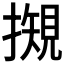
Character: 𢵅